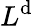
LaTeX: L^{\mathrm{d}}